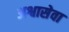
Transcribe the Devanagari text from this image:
अश्वासेवा